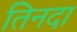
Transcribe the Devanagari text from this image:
तिनदा